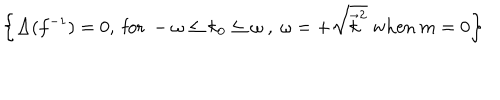
\left\{ \Delta ( f ^ { - 1 } ) = 0 , ~ \mathrm { f o r } ~ - \omega \le k _ { 0 } \le \omega ~ , ~ \omega = + \sqrt { \vec { k } ^ { 2 } } ~ \mathrm { w h e n } ~ m = 0 \right\}